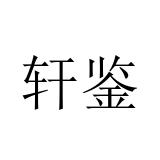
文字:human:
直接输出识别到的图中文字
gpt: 轩鉴